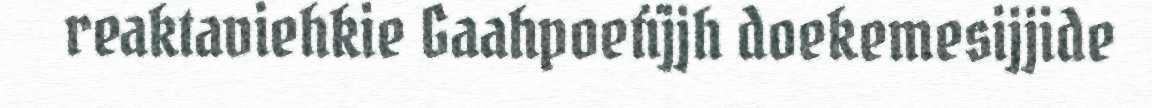
reaktaviehkie Gaahpoetïjjh doekemesijjide